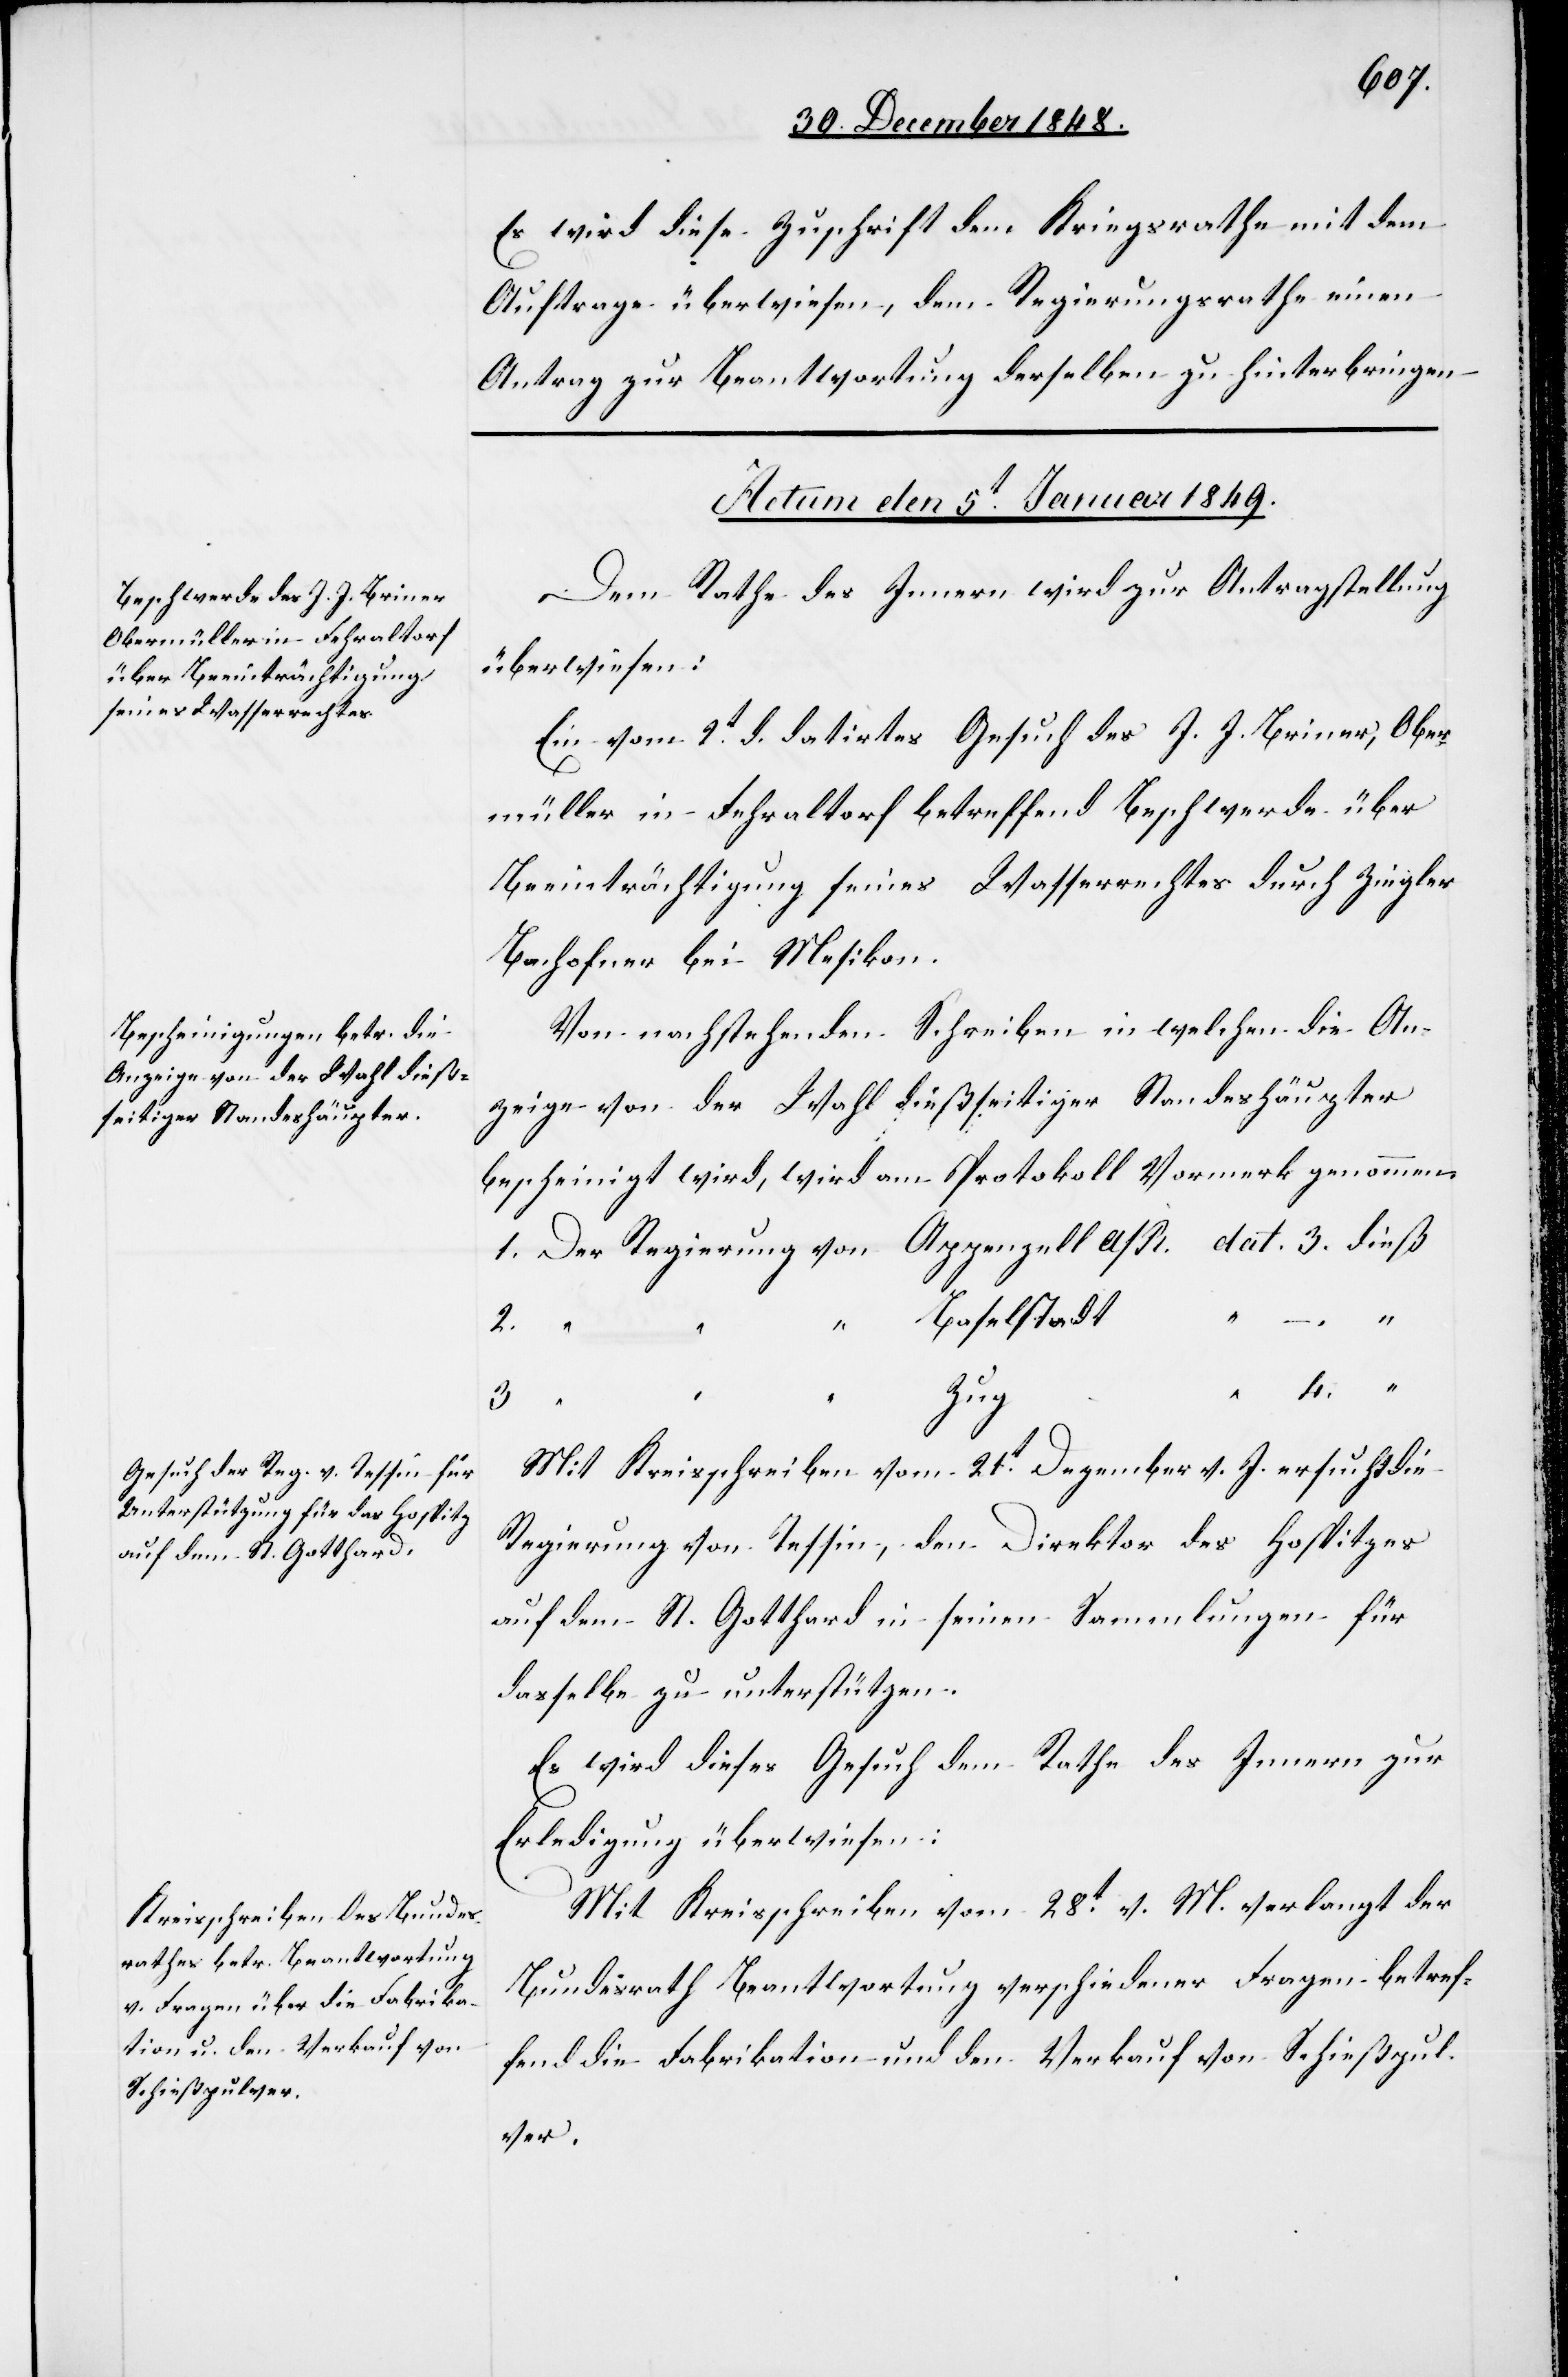
Es wird diese Zuschrift dem Kriegsrathe mit dem
Auftrage überwiesen, dem Regierungsrathe einen
Antrag zur Beantwortung derselben zu hinterbringen.
Actum den 5t Januar 1849.]
Dem Rathe des Innern wird zur Antragstellung
überwiesen:
Ein vom 2t d. datirtes Gesuch des J. J. Briner, Ober¬
müller in Fehraltorf betreffend Beschwerde über
Beeinträchtigung seines Wasserrechtes durch Ziegler
Bachofner bei Mesikon.
Von nachstehenden Schreiben in welchen die An¬
zeige von der Wahl dießseitiger Standeshäupter
bescheinigt wird, wird am Protokoll Vormerk genommen.
1. Der Regierung von Appenzell A/R. dat. 3. dieß
2.
Baselstadt
4.
Zug
3.
Mit Kreisschreiben vom 21t Dezember v. J. ersucht die
Regierung von Tessin, den Direktor des Hospitzes
auf dem St. Gotthard in seinen Sammlungen für
dasselbe zu unterstützen.
Es wird dieses Gesuch dem Rathe des Innern zur
Erledigung überwiesen.
Mit Kreisschreiben vom 28t v. M. verlangt der
Bundesrath Beantwortung verschiedener Fragen betref¬
fend die Fabrikation und den Verkauf von Schießpul¬
ver.